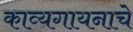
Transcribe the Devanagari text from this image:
काव्यगायनाचे